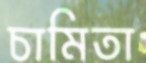
চামিতা